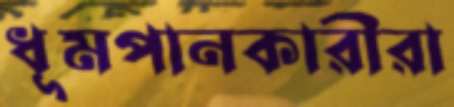
ধূমপানকারীরা